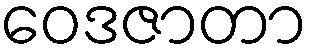
ဝေဒဇာတာ